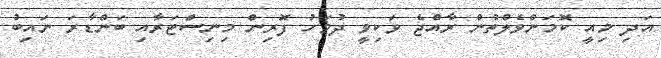
އަދި މިއީ ކޮމަންވެލްތުން ރާއްޖެ ވަކިވީ ދުވަހު ފޮރިން މިނިސްޓަރާއި ބަންޑާރަ ނައިބު